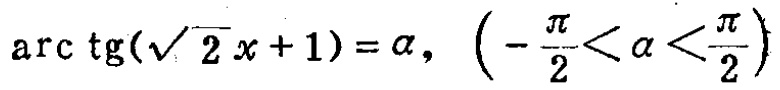
\(\arctan(\sqrt{2}x + 1)=\alpha,\left(-\frac{\pi}{2}<\alpha<\frac{\pi}{2}\right)\)